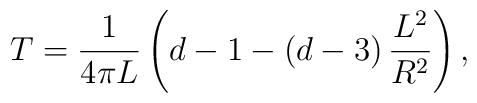
T=\frac{1}{4\pi L}\left( d-1-\left( d-3\right) \frac{L^{2}}{R^{2}}\right) ,